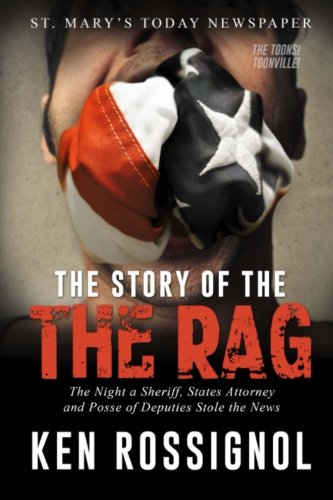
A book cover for ST. MARY'S TODAY --- The Story of THE RAG! --- The Toons!: Newspaper; Ken Rossignol; Biographies & Memoirs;